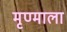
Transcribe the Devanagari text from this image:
मृण्माला